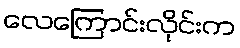
လေကြောင်းလိုင်းက